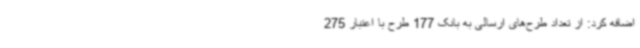
اضافه کرد: از تعداد طرح‌های ارسالی به بانک 177 طرح با اعتبار 275